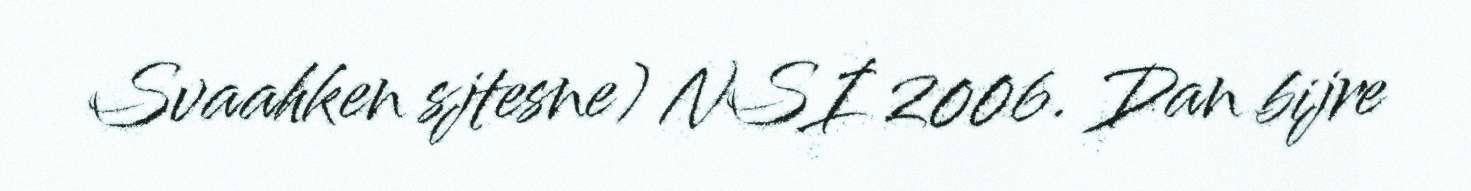
Svaahken sjtesne) NSI 2006. Dan bijre